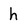
Character: h